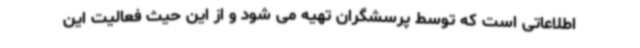
اطلاعاتی است که توسط پرسشگران تهیه می شود و از این حیث فعالیت این